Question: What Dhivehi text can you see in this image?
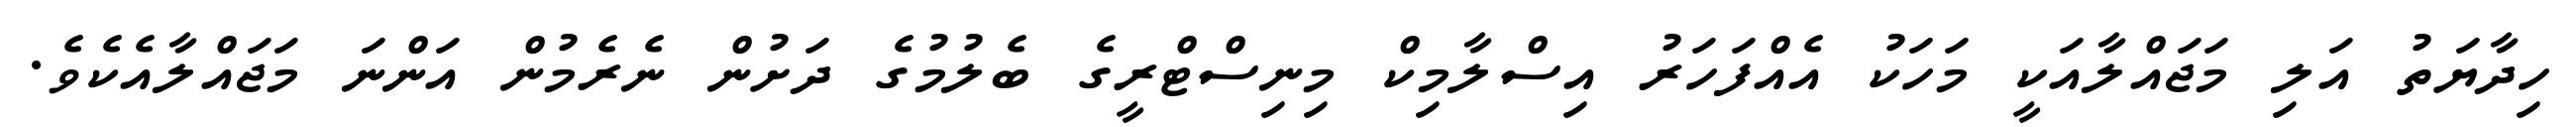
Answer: ހިދާޔަތު އަލި މަޖައްލާއަކީ މަހަކު އެއްފަހަރު އިސްލާމިކް މިނިސްޓްރީގެ ބެލުމުގެ ދަށުން ނެރެމުން އަންނަ މަޖައްލާއެކެވެ.